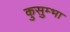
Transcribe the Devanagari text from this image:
कुसुम्भा